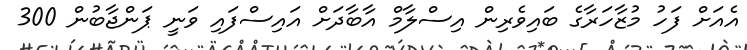
އެއަށް ފަހު މުޒާހަރާގެ ބައިވެރިން އިސްލާމް އާބާދަށް އައިސްފައި ވަނީ ޕަންޖާބުން 300